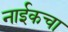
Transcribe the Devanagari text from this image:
नाईकचा